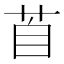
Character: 𦤅